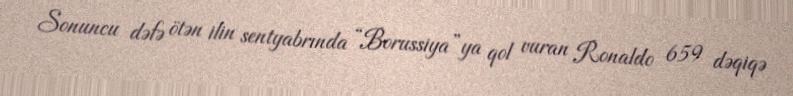
Sonuncu dəfə ötən ilin sentyabrında “Borussiya”ya qol vuran Ronaldo 659 dəqiqə